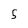
Character: 5